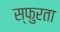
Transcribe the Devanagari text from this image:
स्फुरता